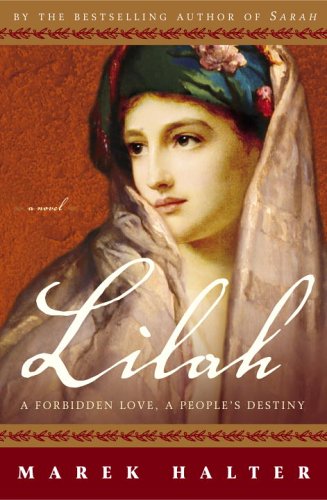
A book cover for Lilah: A Forbidden Love, a People's Destiny (Book 3 of the Canaan Trilogy); Marek Halter; Christian Books & Bibles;